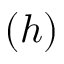
( h )